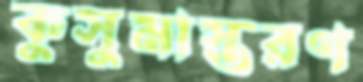
কুসুমাস্তরণ